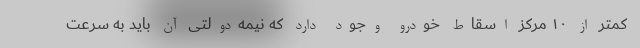
کمتر از ۱۰ مرکز اسقاط خودرو وجود دارد که نیمه‌دولتی آن باید به سرعت